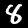
Label: 8